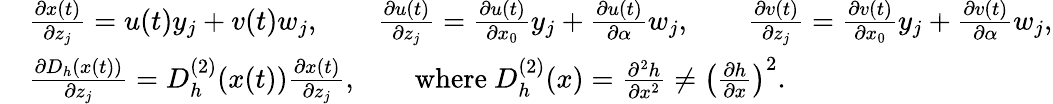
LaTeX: \begin{array}{rl}&{\frac{\partial x(t)}{\partial z_{j}}=u(t)y_{j}+v(t)w_{j},\qquad\frac{\partial u(t)}{\partial z_{j}}=\frac{\partial u(t)}{\partial x_{0}}y_{j}+\frac{\partial u(t)}{\partial\alpha}w_{j},\qquad\frac{\partial v(t)}{\partial z_{j}}=\frac{\partial v(t)}{\partial x_{0}}y_{j}+\frac{\partial v(t)}{\partial\alpha}w_{j},}\\ &{\frac{\partial D_{h}(x(t))}{\partial z_{j}}=D_{h}^{(2)}(x(t))\frac{\partial x(t)}{\partial z_{j}},\qquad\mathrm{where~}D_{h}^{(2)}(x)=\frac{\partial^{2}h}{\partial x^{2}}\neq\left(\frac{\partial h}{\partial x}\right)^{2}.}\end{array}